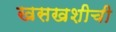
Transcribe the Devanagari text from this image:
खसखशीची